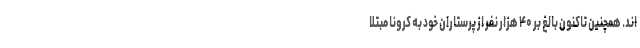
اند. همچنین تاکنون بالغ بر ۴۰ هزار نفر از پرستاران خود به کرونا مبتلا